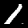
Digit: 1